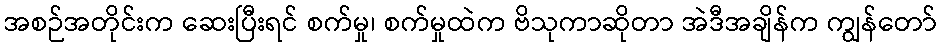
အစဉ်အတိုင်းက ဆေးပြီးရင် စက်မှု၊ စက်မှုထဲက ဗိသုကာဆိုတာ အဲဒီအချိန်က ကျွန်တော်